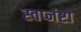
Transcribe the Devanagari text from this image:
स्वप्नंष्टा